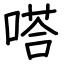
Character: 嗒